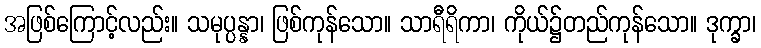
အဖြစ်ကြောင့်လည်း။ သမုပ္ပန္နာ၊ ဖြစ်ကုန်သော။ သာရီရိကာ၊ ကိုယ်၌တည်ကုန်သော။ ဒုက္ခာ၊